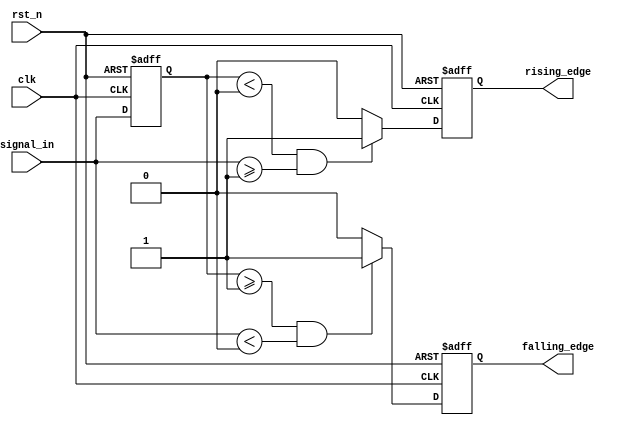
module SchmittTriggerEdgeDetector (
    input wire clk,              // Clock signal
    input wire rst_n,            // Active low reset
    input wire signal_in,        // Input signal to be monitored
    output reg rising_edge,      // Rising edge output
    output reg falling_edge      // Falling edge output
);

    // Parameters for hysteresis thresholds
    parameter Vth_plus = 1'b1;  // Upper threshold (high)
    parameter Vth_minus = 1'b0;  // Lower threshold (low)

    // Memory elements to store previous state
    reg signal_prev;

    // Edge detection logic
    always @(posedge clk or negedge rst_n) begin
        if (!rst_n) begin
            signal_prev <= 1'b0;   // Reset previous state
            rising_edge <= 1'b0;   // Reset rising edge output
            falling_edge <= 1'b0;   // Reset falling edge output
        end else begin
            // Detect rising edge
            if (signal_prev < Vth_minus && signal_in >= Vth_plus) begin
                rising_edge <= 1'b1;  // Rising edge detected
            end else begin
                rising_edge <= 1'b0;   // No rising edge
            end

            // Detect falling edge
            if (signal_prev >= Vth_plus && signal_in < Vth_minus) begin
                falling_edge <= 1'b1;  // Falling edge detected
            end else begin
                falling_edge <= 1'b0;   // No falling edge
            end

            // Update previous state
            signal_prev <= signal_in;
        end
    end

endmodule